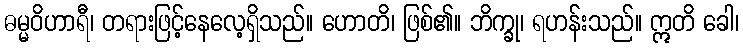
ဓမ္မဝိဟာရီ၊ တရားဖြင့်နေလေ့ရှိသည်။ ဟောတိ၊ ဖြစ်၏။ ဘိက္ခု၊ ရဟန်းသည်။ ဣတိ ခေါ၊